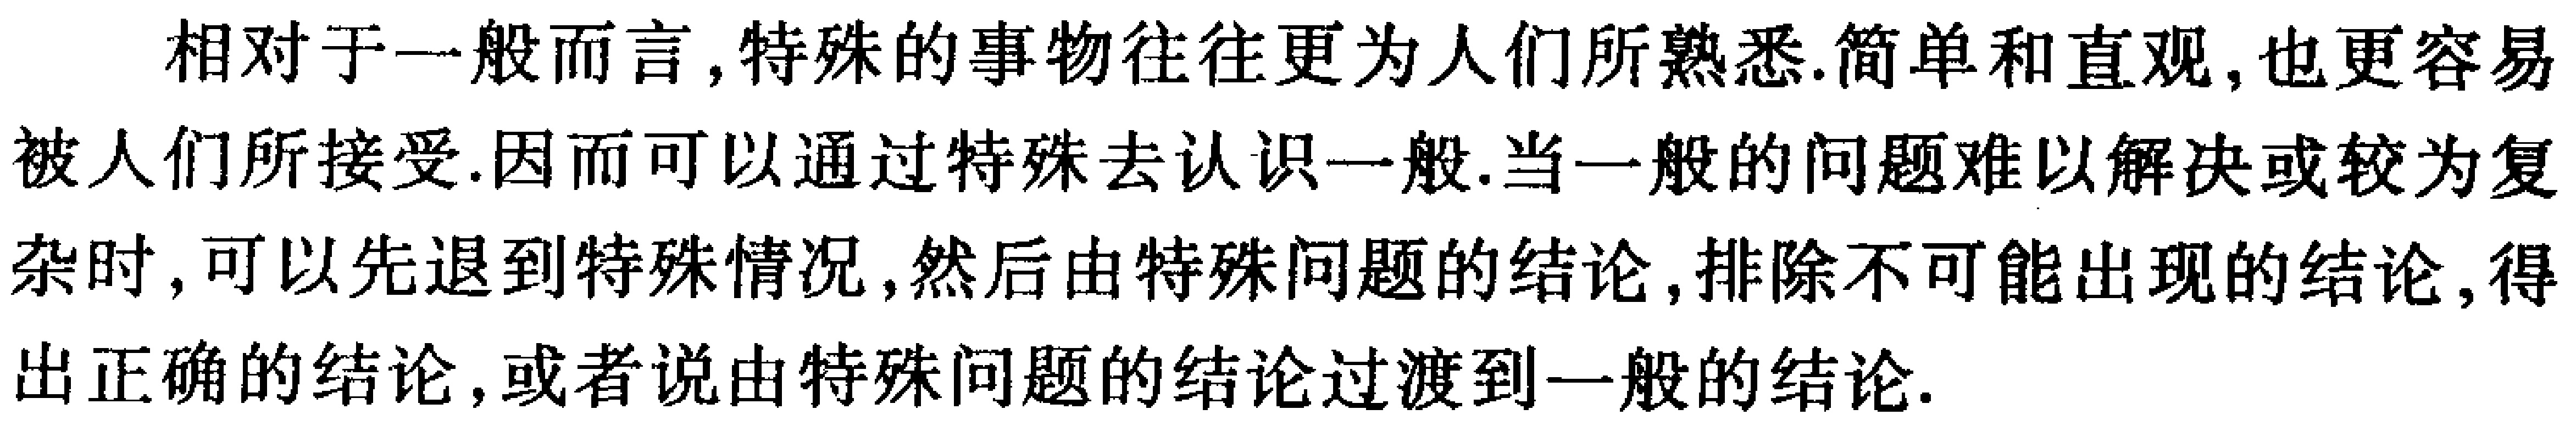
相对于一般而言,特殊的事物往往更为人们所熟悉.简单和直观,也更容易被人们所接受.因而可以通过特殊去认识一般.当一般的问题难以解决或较为复杂时,可以先退到特殊情况,然后由特殊问题的结论,排除不可能出现的结论,得出正确的结论,或者说由特殊问题的结论过渡到一般的结论.